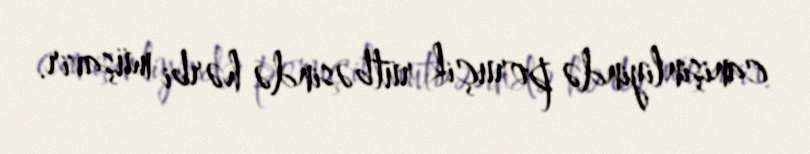
canişinliyində poruçik rütbəsində hərbi müşavir.